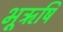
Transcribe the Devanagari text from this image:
भूऋषि